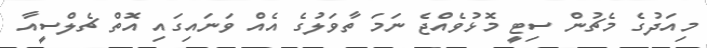
މިއަދުގެ މެޗުން ސިޓީ މޮޅުވެއްޖެ ނަމަ ތާވަލުގެ އެއް ވަނައިގައި އޮތް ޗެލްސީއާ